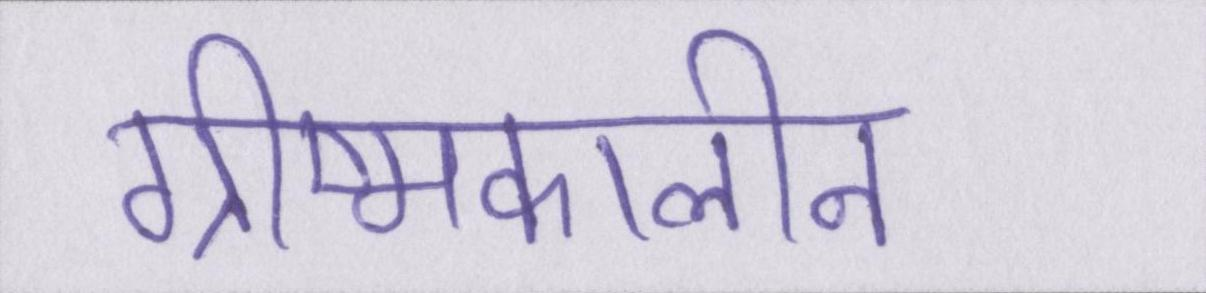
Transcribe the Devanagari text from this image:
ग्रीष्मकालीन